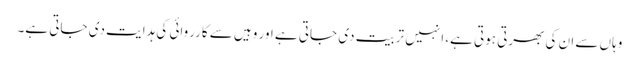
وہاں سے ان کی بھرتی ہوتی ہے، انہیں تربیت دی جاتی ہے اور وہیں سے کارروائی کی ہدایت دی جاتی ہے۔